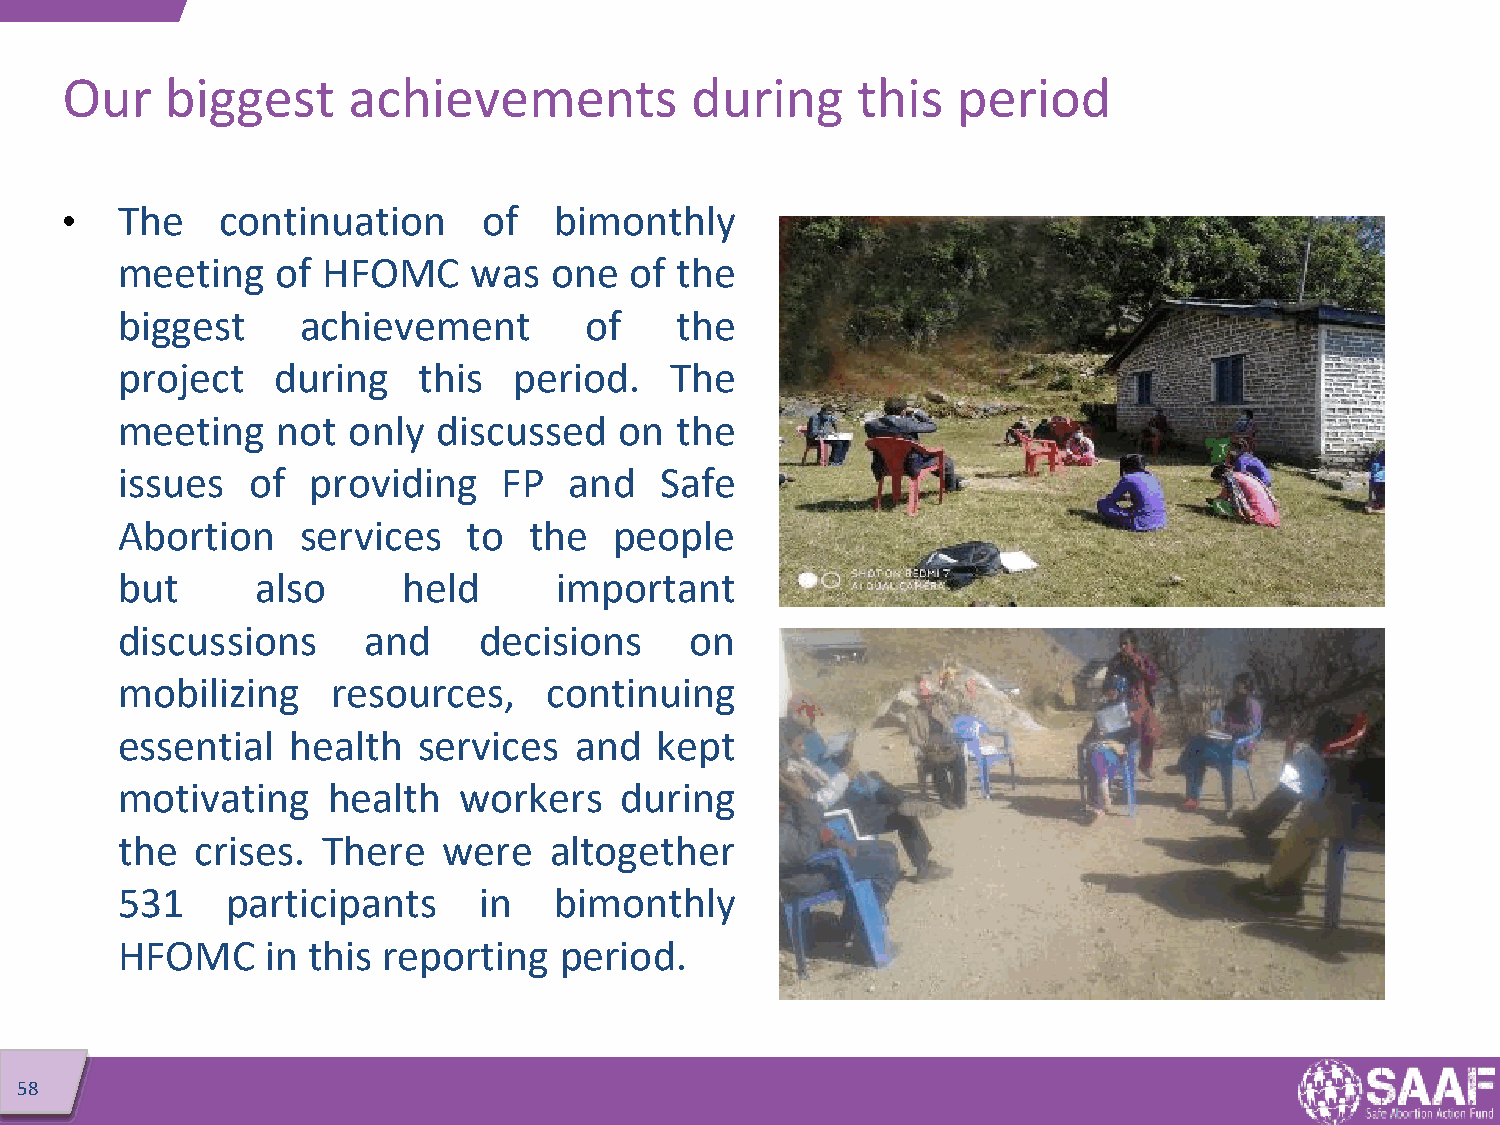
Our    biggest     achievements           during     this  period
 •   The    continuation     of   bimonthly
 meeting   of HFOMC     was  one   of the
 biggest     achievement        of    the
 project   during    this  period.   The
 meeting   not  only  discussed   on  the
 issues  of  providing    FP   and   Safe
 Abortion    services   to  the   people
 but      also      held      important
 discussions     and     decisions     on
 mobilizing    resources,    continuing
 essential  health   services  and  kept
 motivating    health  workers    during
 the  crises. There   were   altogether
 531    participants     in   bimonthly
 HFOMC     in this reporting  period.
 58